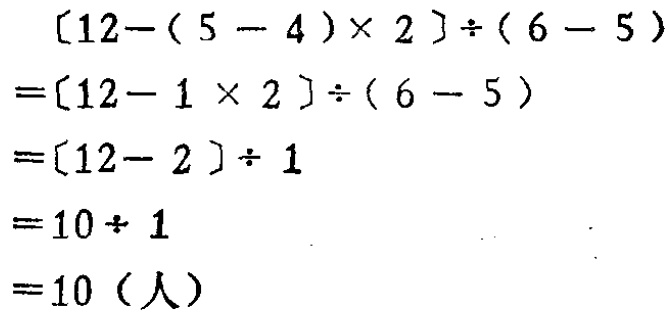
\[

\begin{align*}

&[12-(5 - 4)\times2]\div(6 - 5)\\

=&[12-1\times2]\div(6 - 5)\\

=&[12 - 2]\div1\\

=&10\div1\\

=&10（人）

\end{align*}

\]